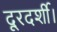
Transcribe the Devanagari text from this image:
दूरदर्शी।